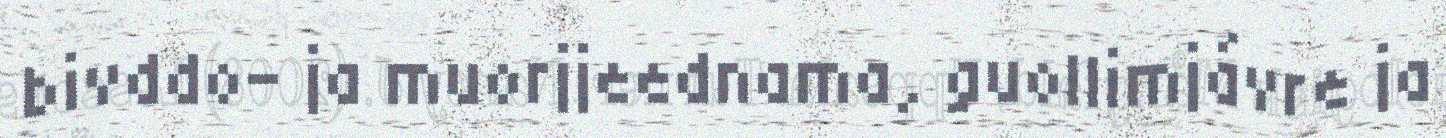
bivddo- ja muorjjeednama, guollimjávre ja